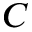
C